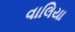
વાલિયા